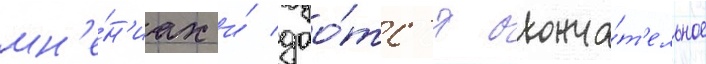
мн'е́н'иах и́ дао́тс'я оконча́т'ельное